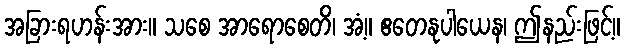
အခြားရဟန်းအား။ သစေ အာရောစေတိ၊ အံ့။ ဧတေနုပါယေန၊ ဤနည်းဖြင့်။